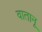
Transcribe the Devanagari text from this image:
वातानू